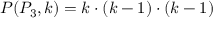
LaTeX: P ( P _ { 3 } , k ) = k \cdot ( k - 1 ) \cdot ( k - 1 )